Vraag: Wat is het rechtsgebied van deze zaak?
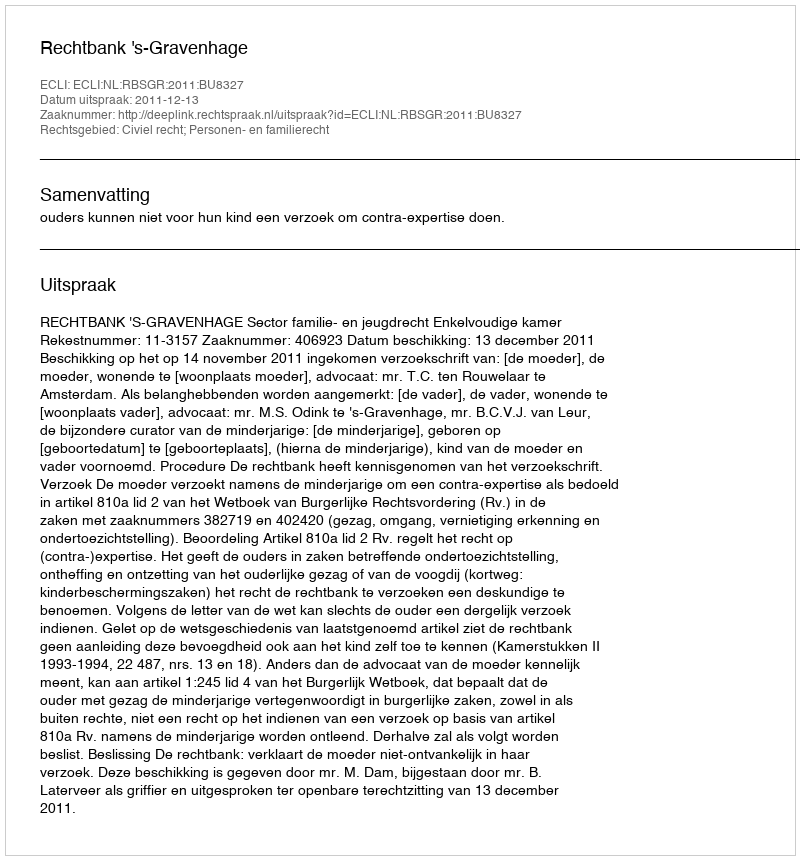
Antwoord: Civiel recht; Personen- en familierecht